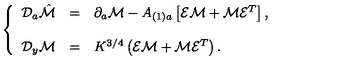
\left\{ \begin{array} { r c l } { { \cal D } _ { a } \hat { \cal M } } & { = } & { \partial _ { a } { \cal M } - A _ { ( 1 ) a } \left[ { \cal E } { \cal M } + { \cal M } { \cal E } ^ { T } \right] , } \\ { } & { } & { } \\ { { \cal D } _ { y } { \cal M } } & { = } & { K ^ { 3 / 4 } \left( { \cal E } { \cal M } + { \cal M } { \cal E } ^ { T } \right) . } \\ \end{array} \right.